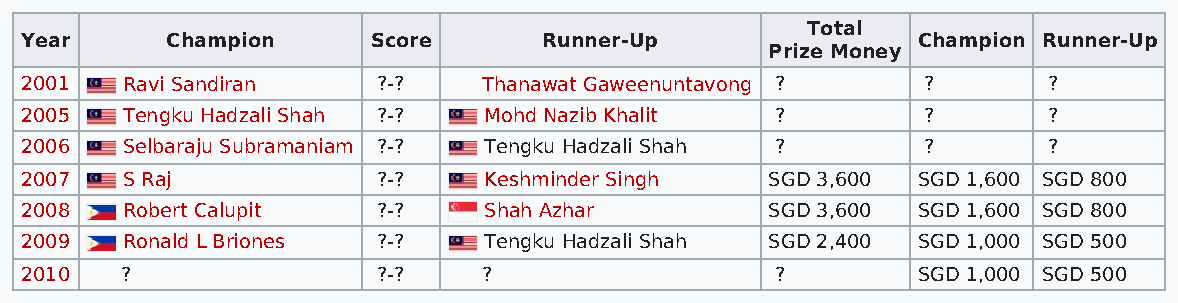
Total
 Year      Champion      Score      Runner-Up                Champion Runner-Up
 Prize Money
 2001   Ravi Sandiran    ?-?    Thanawat Gaweenuntavong ?    ?       ?
 2005   Tengku Hadzali Shah ?-? Mohd Nazib Khalit  ?         ?       ?
 2006   Selbaraju Subramaniam ?-? Tengku Hadzali Shah ?      ?       ?
 2007   S Raj            ?-?    Keshminder Singh   SGD 3,600 SGD 1,600 SGD 800
 2008   Robert Calupit   ?-?    Shah Azhar         SGD 3,600 SGD 1,600 SGD 800
 2009   Ronald L Briones ?-?    Tengku Hadzali Shah SGD 2,400 SGD 1,000 SGD 500
 2010   ?                ?-?    ?                  ?         SGD 1,000 SGD 500